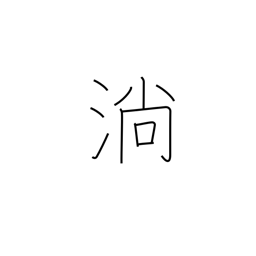
Meaning: flow